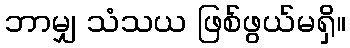
ဘာမျှ သံသယ ဖြစ်ဖွယ်မရှိ။